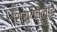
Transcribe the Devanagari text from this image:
शिरायचलाई